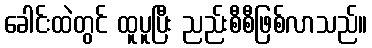
ခေါင်းထဲတွင် ထူပူပြီး ညည်းစီစီဖြစ်လာသည်။